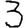
Digit: 3